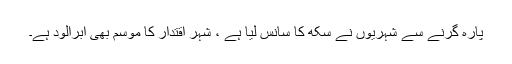
پارہ گرنے سے شہریوں نے سکھ کا سانس لیا ہے ، شہر اقتدار کا موسم بھی ابرآلود ہے۔